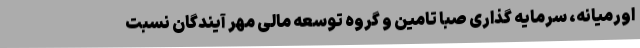
اورمیانه، سرمایه گذاری صبا تامین و گروه توسعه مالی مهر آیندگان نسبت